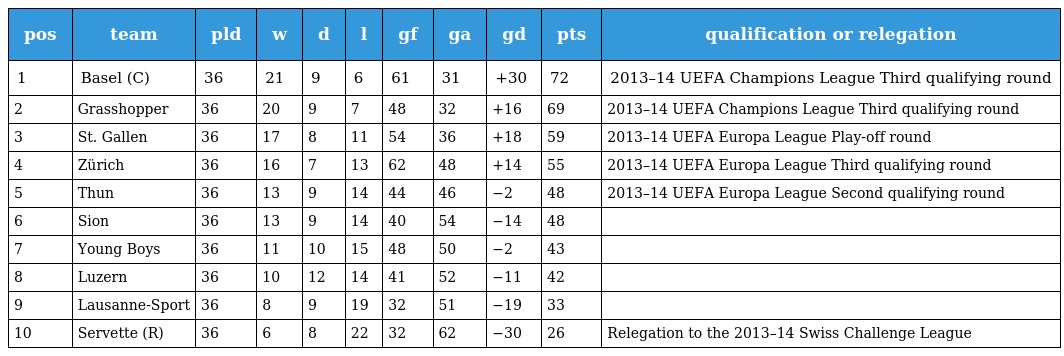
| pos | team | pld | w | d | l | gf | ga | gd | pts | qualification or relegation |
 | --- | --- | --- | --- | --- | --- | --- | --- | --- | --- | --- |
 | 1 | Basel (C) | 36 | 21 | 9 | 6 | 61 | 31 | +30 | 72 | 2013–14 UEFA Champions League Third qualifying round |
 | 2 | Grasshopper | 36 | 20 | 9 | 7 | 48 | 32 | +16 | 69 | 2013–14 UEFA Champions League Third qualifying round |
 | 3 | St. Gallen | 36 | 17 | 8 | 11 | 54 | 36 | +18 | 59 | 2013–14 UEFA Europa League Play-off round |
 | 4 | Zürich | 36 | 16 | 7 | 13 | 62 | 48 | +14 | 55 | 2013–14 UEFA Europa League Third qualifying round |
 | 5 | Thun | 36 | 13 | 9 | 14 | 44 | 46 | −2 | 48 | 2013–14 UEFA Europa League Second qualifying round |
 | 6 | Sion | 36 | 13 | 9 | 14 | 40 | 54 | −14 | 48 |  |
 | 7 | Young Boys | 36 | 11 | 10 | 15 | 48 | 50 | −2 | 43 |  |
 | 8 | Luzern | 36 | 10 | 12 | 14 | 41 | 52 | −11 | 42 |  |
 | 9 | Lausanne-Sport | 36 | 8 | 9 | 19 | 32 | 51 | −19 | 33 |  |
 | 10 | Servette (R) | 36 | 6 | 8 | 22 | 32 | 62 | −30 | 26 | Relegation to the 2013–14 Swiss Challenge League |